system: You are a helpful assistant.
user:
Analyze the provided spectrum to determine if it is a **S-type Star**.

- **Key Indicators for S-type Star:**

    - **(Overall Spectrum Shape):** The first and most obvious characteristic is the overall continuum (the "baseline" shape). It is **extremely "red-sloping,"** meaning the flux (light intensity) is very low on the left side (blue, ~4000-4500 Å) and rises steeply and continuously toward the right side (red, ~7000 Å+).

    - **(Primary):** The spectrum is defined by the presence of strong, broad molecular absorption "valleys" (bands) from **Zirconium Oxide (ZrO)**. The identification of these bands is the **primary requirement** for classifying a star as S-type.
        - **(Key Bandheads):** You must find distinct, deep "dips" where the light has been absorbed. The most critical band systems to locate are:
            - **~6474 Å** ($\gamma$-system): This is often the strongest and clearest ZrO feature, found in the red part of the spectrum.
            - **~5718 Å** & **~5551 Å** ($\beta$-system): A pair of prominent absorption features in the yellow-orange part of the spectrum.
            - **~4640 Å** ($\alpha$-system): A key absorption band system in the blue-green region of the spectrum.

    - **(Secondary Confirmation):** The classification is strengthened by finding additional absorption bands from other related heavy element oxides, which are expected to be present alongside ZrO.
        - **(Key Bandheads):**
            - **Yttrium Oxide (YO):** Look for absorption dips near **~4800 Å** and **~6100 Å**.
            - **Lanthanum Oxide (LaO):** Additional absorption features, particularly in the red-orange part of the spectrum, are also characteristic.

    - **(Line Profile):** The combination of the steep red continuum and these numerous, deep molecular bands (ZrO, YO, etc.) gives the entire spectrum a very **"chopped-up"** or **"bumpy"** appearance. Instead of a smooth curve, the spectrum looks as though large, wide chunks of light have been "carved out" of it at the specific wavelengths listed above.

Think first, call **spectral_visualization_tool** if needed to examine features in detail, then provide your final answer. Your response must adhere to the following strict rules:
1.  **Overall Structure:** Your response must follow the format `<think>...</think> <tool_call>...</tool_call> (if a tool is used) <answer>...</answer>`.
2.  **Tool Usage Constraint:** You may only make **one** tool call per turn.
3.  **Final Answer Format:** In the `<answer>` tag, your conclusion must be inside a `\boxed{}` command (e.g., `\boxed{YES}` or `\boxed{NO}`), followed by your justification.

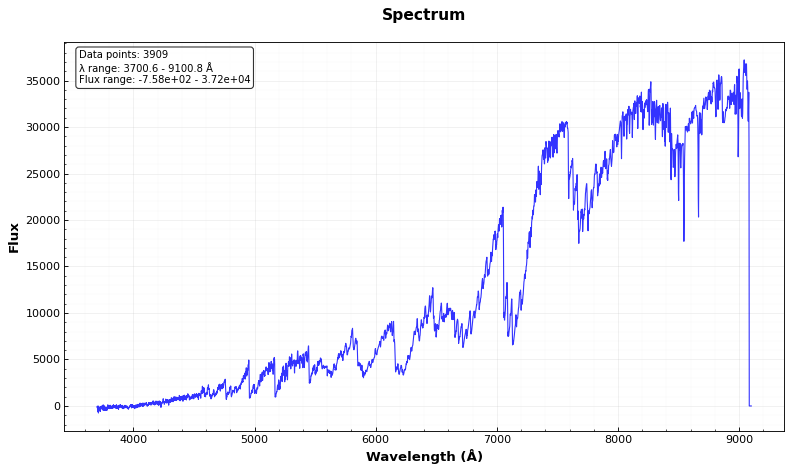
Answer: YES